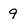
Character: 9